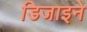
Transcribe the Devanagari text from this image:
डिजाइने